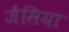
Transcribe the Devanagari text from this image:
जैसिया